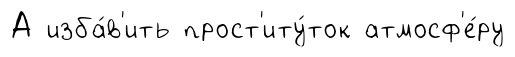
А изба́в'ить прост'иту́ток атмосф'е́ру